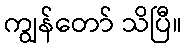
ကျွန်တော် သိပြီ။